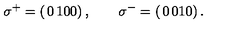
\sigma ^ { + } = \left( \begin{matrix} { 0 } & { 1 } \\ { 0 } & { 0 } \\ \end{matrix} \right) , \qquad \sigma ^ { - } = \left( \begin{matrix} { 0 } & { 0 } \\ { 1 } & { 0 } \\ \end{matrix} \right) .